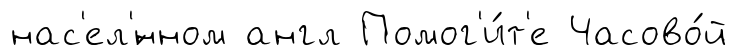
нас'ел'́нном англ Помог'и́т'е Часово́й